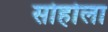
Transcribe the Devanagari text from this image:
सोहोला